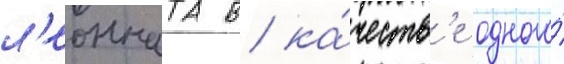
л'еонната в ка́честв'е одного́